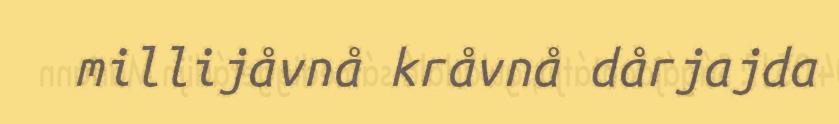
millijåvnå kråvnå dårjajda